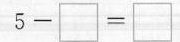
$$5 - \Box = \Box$$